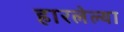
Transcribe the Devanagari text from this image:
हारलेल्या